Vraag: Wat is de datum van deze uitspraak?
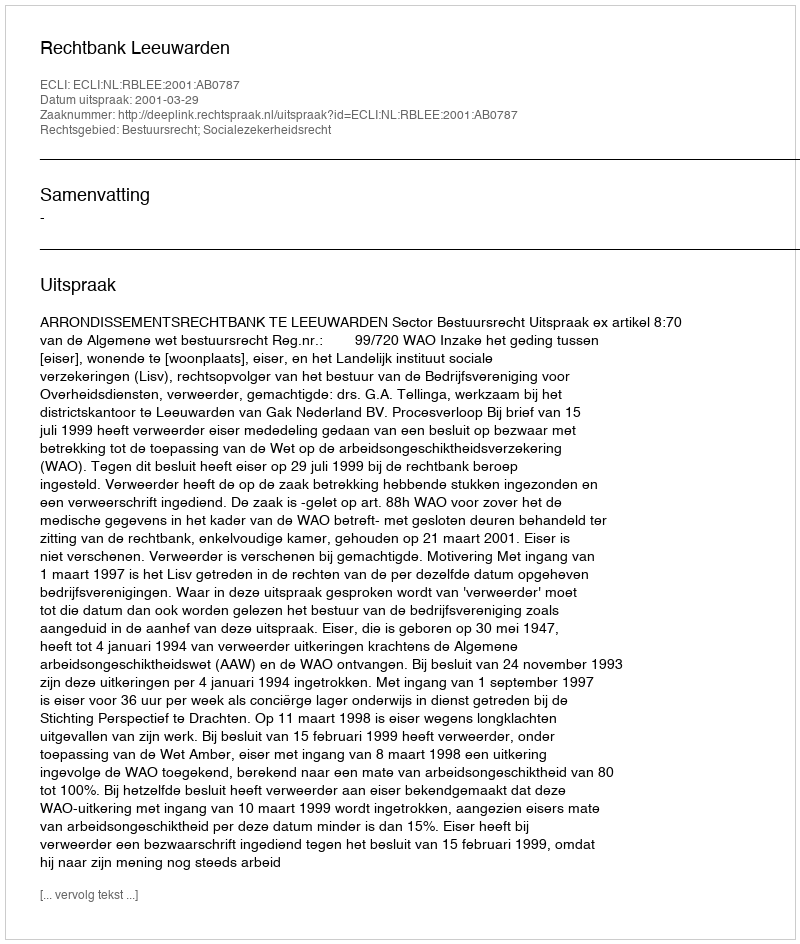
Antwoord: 2001-03-29